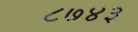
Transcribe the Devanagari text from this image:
८७४३